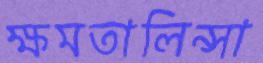
ক্ষমতালিন্সা